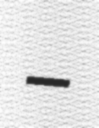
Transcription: –